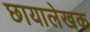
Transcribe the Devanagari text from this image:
छायालेखक